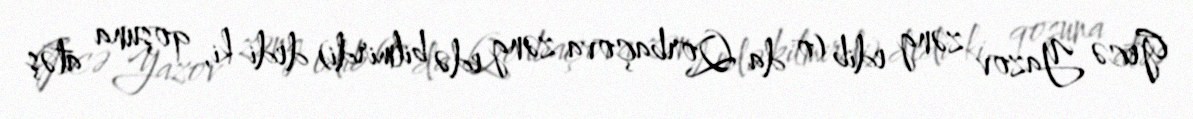
Gecə Yazov zəng edib (o da Qorbaçova zəng edə bilmirdi) dedi ki, qoşuna atəş